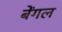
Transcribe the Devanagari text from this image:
बेंगल